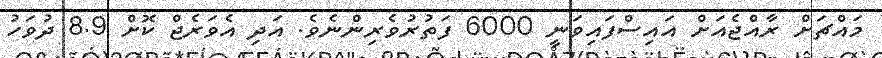
މައްޗަށް ރާއްޖެއަށް އައިސްފައިވަނީ 6000 ފަތުރުވެރިންނެވެ. އަދި އެވަރެޖް ކޮށް 8.9 ދުވަހު